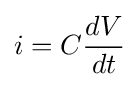
i=C{\frac {dV}{dt}}